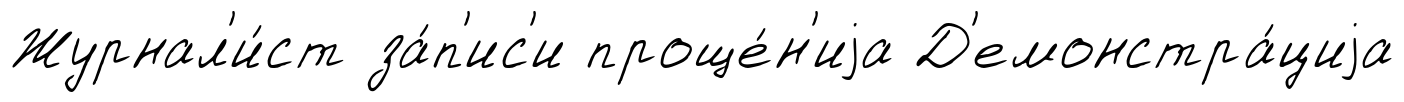
Журнал'и́ст за́п'ис'и проще́н'иjа Д'емонстра́циjа